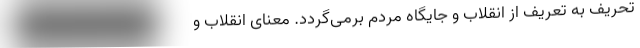
تحریف به تعریف از انقلاب و جایگاه مردم برمی‌گردد. معنای انقلاب و